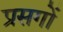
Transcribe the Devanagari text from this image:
प्रसगों